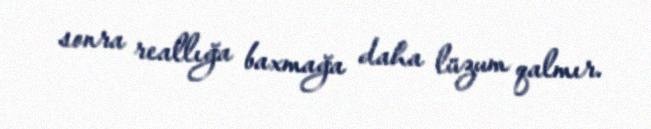
sonra reallığa baxmağa daha lüzum qalmır.